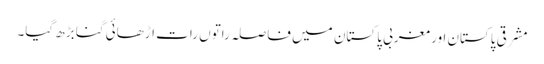
مشرقی پاکستان اور مغربی پاکستان میں فاصلہ راتوں رات اڑھائی گنا بڑھ گیا۔